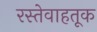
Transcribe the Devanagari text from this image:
रस्तेवाहतूक